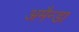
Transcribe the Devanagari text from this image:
अमैन्डा